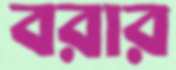
বরার